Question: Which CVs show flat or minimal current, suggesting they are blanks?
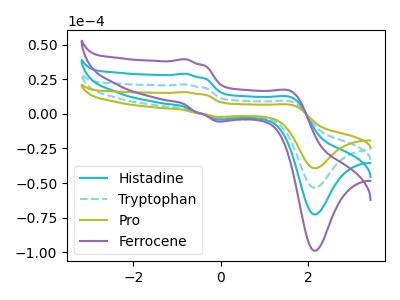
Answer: <think>The cyan curve "Histadine" has anodic peaks at (-0.80V, 42.65uA) (1.60V, 17.30uA) and cathodic peaks at (-0.05V, -6.00uA) (2.15V, -106.95uA). The cyan dashed curve "Tryptophan" has anodic peaks at (-0.80V, 21.30uA) (1.60V, 8.65uA) and cathodic peaks at (-0.05V, -3.00uA) (2.15V, -53.45uA). The olive curve "Pro" has anodic peaks at (-0.80V, 15.70uA) (1.60V, 6.35uA) and cathodic peaks at (-0.05V, -2.20uA) (2.15V, -39.30uA). The purple curve "Ferrocene" has anodic peaks at (-0.80V, 63.95uA) (1.60V, 26.00uA) and cathodic peaks at (-0.05V, -9.05uA) (2.15V, -160.40uA).</think>
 <answer>There are not any CV's on this graph that are likely to be blanks.</answer>
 <eval>none</eval>